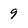
Character: 9